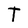
Character: T